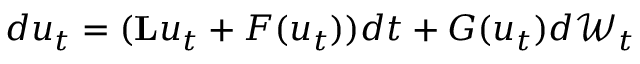
d u _ { t } = ( \mathbf { L } u _ { t } + F ( u _ { t } ) ) d t + G ( u _ { t } ) d \mathcal { W } _ { t }